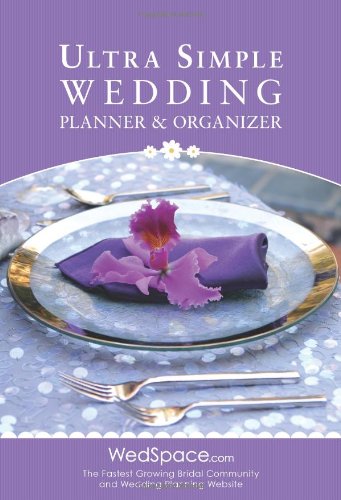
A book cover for Ultra Simple Wedding Planner & Organizer; Alex A. Lluch; Crafts, Hobbies & Home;